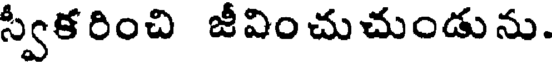
స్వీకరించి జీవించుచుండును.